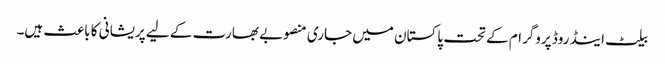
بیلٹ اینڈ روڈ پروگرام کے تحت پاکستان میں جاری منصوبے بھارت کے لیے پریشانی کا باعث ہیں۔